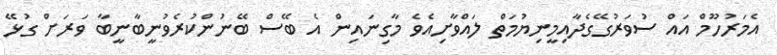
އެމަރުހޫމް އައް ސުވަރުގޭގެދާއިމީނިޔުމަތް ލައްވާށިއެވެ މާގިނައިން އެ ބޭސް ބޭނުންކުރެވުނީބާނީބާ ވަރަށް ގުޅޭ